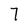
Character: 7